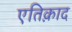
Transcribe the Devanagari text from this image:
एतिक़ाद